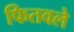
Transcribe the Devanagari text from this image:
फितवले